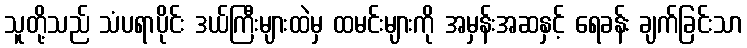
သူတို့သည် သံပရာပိုင်း ဒယ်ကြီးများထဲမှ ထမင်းများကို အမှန်းအဆနှင့် ရေခန်း ချက်ခြင်းသာ